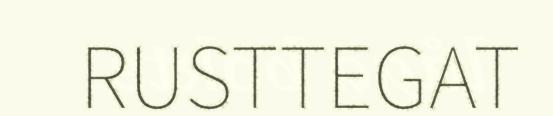
RUSTTEGAT